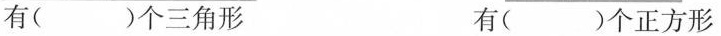
有( )个三角形 有( )个正方形